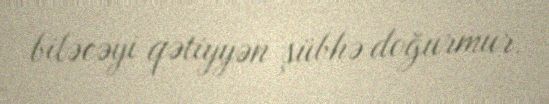
biləcəyi qətiyyən şübhə doğurmur.